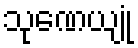
သုဏေယျုံ